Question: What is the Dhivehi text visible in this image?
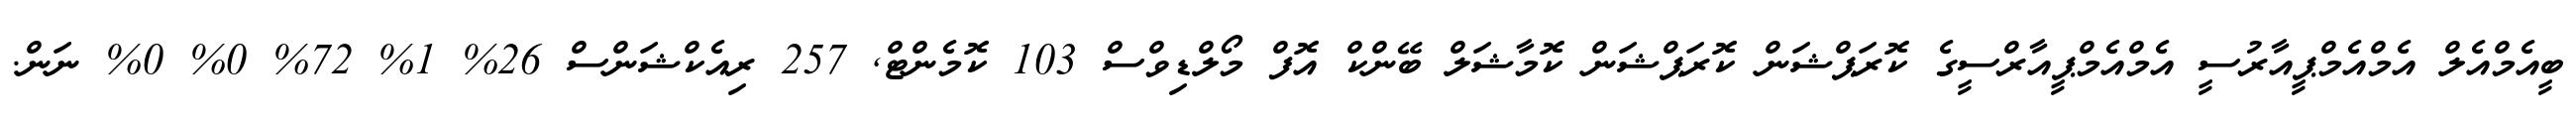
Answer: ބީއެމްއެލް އެމްއެމްޕީއާރުސީ އެމްއެމްޕީއާރްސީގެ ކޮރަޕްޝަން ކޮރަޕްޝަން ކޮމާޝަލް ބޭންކް އޮފް މޯލްޑިވްސް 103 ކޮމެންޓް, 257 ރިއެކްޝަންސް 26% 1% 72% 0% 0% ނަން.